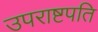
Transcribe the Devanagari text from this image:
उपराष्टपति